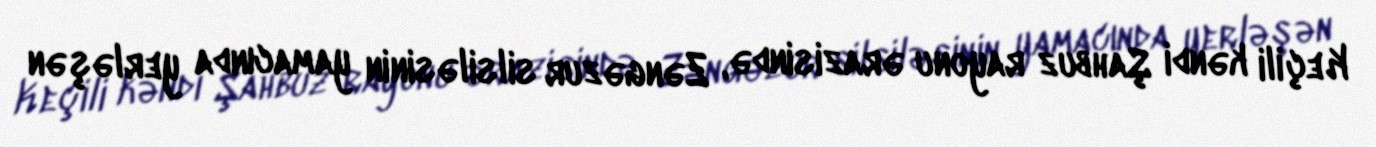
Keçili kəndi Şahbuz rayonu ərazisində, Zəngəzur silsiləsinin yamacında yerləşən